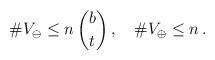
LaTeX: \begin{align*}\# V_{\ominus} \leq n \, \binom{b}{t} \,,\quad\# V_{\oplus} \leq n \,.\end{align*}